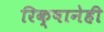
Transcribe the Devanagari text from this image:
रिक्षानेही